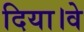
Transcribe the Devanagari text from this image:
दिया।वे